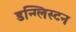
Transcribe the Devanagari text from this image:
डन्ग्लिस्टन